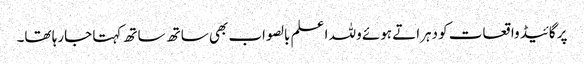
پر گائیڈ واقعات کو دہراتے ہوئے وللہ ا علم بالصواب بھی ساتھ ساتھ کہتا جارہا تھا۔